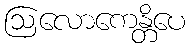
ဩလောကေန္တိပေ